Sketch of the medical history of the native army of Bombay, for the year
Year: 1872
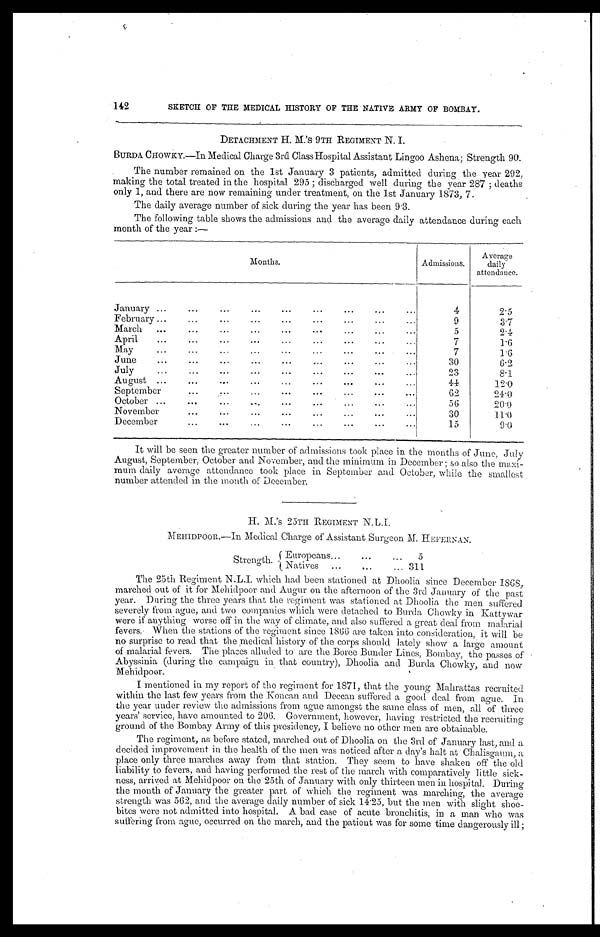
142
SKETCH OF THE MEDICAL HISTORY OF THE NATIVE ARMY OF BOMBAY.
DETACHMENT H. M.'s 9TH REGIMENT N. I.
BURDA CHOWKY.—In Medical Charge 3rd Class Hospital Assistant Lingoo Ashena; Strength 90.
The number remained on the 1st January 3 patients, admitted during the year 292,
making the total treated in the hospital 295; discharged well during the year 287; deaths
only 1, and there are now remaining under treatment, on the 1st January 1873, 7.
The daily average number of sick during the year has been 9.3.
The following table shows the admissions and the average daily attendance during each
month of the year:—
Months.
Admissions.
Average
daily
attendance.
January . . .
4
2.5
February . . .
9
3.7
M a r c h . . .
5
2.4
April . . .
7
1.6
M a y . . .
7
1.6
June . . .
30
6.2
July . . .
2 3
8.1
August
44
12.0
September . . .
62
24.0
O c t o b e r . . .
56
20.0
November . . .
30
11.0
December . . .
15
9.0
It will be seen the greater number of admissions took place in the months of June, July
August, September, October and November, and the minimum in December; so also the maxi
-mum daily average attendance took place in September and October, while the smallest
number attended in the month of December.
H. M.'s 25TH REGIMENT N.L.I.
MEHIDPOOR.—In Medical Charge of Assistant Surgeon M. HEFERNAN.
Strength.
Europeans . . .
5
N a t i v e s . . .
311
The 25th Regiment which had been stationed at Dhoolia since December 1868,
marched out of it for Mehidpoor and Augur on the afternoon of the 3rd January of the past
year. During the three years that the regiment was stationed at Dhoolia the men suffered
severely from ague, and two companies which were detached to Burda Chowky in Kattywar
were if anything worse off in the way of climate, and also suffered a great deal from malarial
fevers. When the stations of the regiment since 1863 are taken into consideration, it will be
no surprise to read that the medical history of the corps should lately show a large amount
of malarial fevers. The places alluded to are the Boree Bander Lines, Bombay, the passes of
Abyssinia (during the campaign in that country), Dhoolia and Burda Chowky, and now
Mehidpoor.
I mentioned in my report of the regiment for 1871, that the young Mahrattas recruited
within the last few years from the Koncan and Deccan suffered a good deal from ague. In
the year under review the admissions from ague amongst the same class of men, all of three
years' service, have amounted to 206. Government, however, having restricted the recruiting
ground of the Bombay Army of this presidency, I believe no other men are obtainable.
The regiment, as before stated, marched out of Dhoolia on the 3rd of January last, and a
decided improvement in the health of the men was noticed after a day's halt at Chalisgaum,
place only three marches away from that station. They seem to have shaken off the old
liability to fevers, and having performed the rest of the march with comparatively little sick
- n e s s , a r r i v e d a t M e h i d p o o r o n t h e 2 5 t h o f J a n u a r y w i t h o n l y t h i r t e e n m e n i n h o s p i t a l . D u r i n g
the month of January the greater part of which the regiment was marching, the average
strength was 562, and the average daily number of sick 14.25, but the men with slight shoe-
bites were not admitted into hospital. A bad case of acute bronchitis, in a man who was
suffering from ague, occurred on the march, and the patient was for some time dangerously ill;